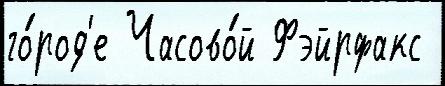
го́род'е Часово́й Фэйрфакс